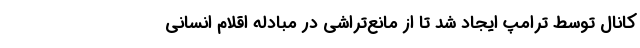
کانال توسط ترامپ ایجاد شد تا از مانع‌تراشی در مبادله اقلام انسانی